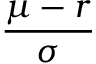
\frac { \mu - r } { \sigma }